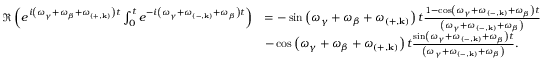
\begin{array} { r l } { \Re \left( e ^ { i \left( \omega _ { \gamma } + \omega _ { \beta } + \omega _ { \left( + , \mathbf { k } \right) } \right) t } \int _ { 0 } ^ { t } e ^ { - i \left( \omega _ { \gamma } + \omega _ { \left( - , \mathbf { k } \right) } + \omega _ { \beta } \right) t } \right) } & { = - \sin \left( \omega _ { \gamma } + \omega _ { \beta } + \omega _ { \left( + , \mathbf { k } \right) } \right) t \frac { 1 - \cos \left( \omega _ { \gamma } + \omega _ { \left( - , \mathbf { k } \right) } + \omega _ { \beta } \right) t } { \left( \omega _ { \gamma } + \omega _ { \left( - , \mathbf { k } \right) } + \omega _ { \beta } \right) } } \\ & { - \cos \left( \omega _ { \gamma } + \omega _ { \beta } + \omega _ { \left( + , \mathbf { k } \right) } \right) t \frac { \sin \left( \omega _ { \gamma } + \omega _ { \left( - , \mathbf { k } \right) } + \omega _ { \beta } \right) t } { \left( \omega _ { \gamma } + \omega _ { \left( - , \mathbf { k } \right) } + \omega _ { \beta } \right) } . } \end{array}